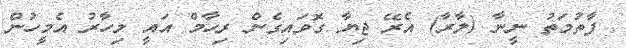
ފާތުމަތު ނީނާ (ލާރާ) އެރޭ ޖިޔާ ގޮވައިގެން ރިހާމް އައީ މިހާރު އެމީހުން